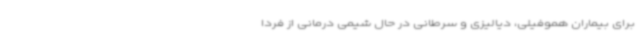
برای بیماران هموفیلی، دیالیزی و سرطانی در حال شیمی درمانی از فردا